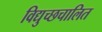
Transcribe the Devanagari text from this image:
विद्युच्छचालित